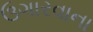
ઉગારવાના